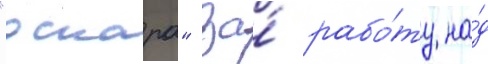
"оскара" за́ рабо́ту на́д